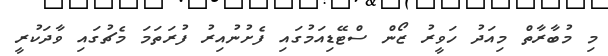
މި މުބާރާތް މިއަދު ހަވީރު ޒޯން ސްޓޭޑިއަމުގައި ފެށުނުއިރު ފުރަތަމަ މެޗުގައި ވާދަކުރީ